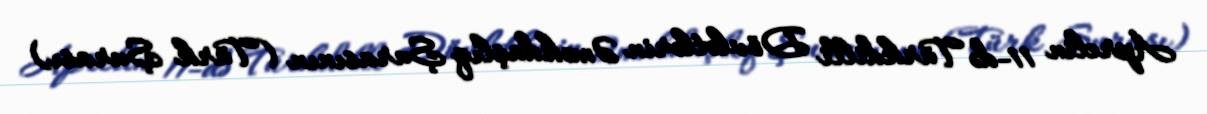
Aprelin 11-də Türkdilli Dövlətlərin Əməkdaşlıq Şurasının (Türk Şurası)